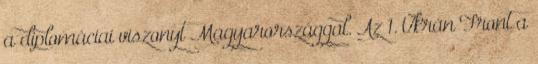
a diplomáciai viszonyt Magyarországgal. Az 1. Ukrán Front a